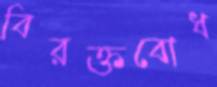
বিরক্তবোধ